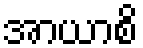
အာယာစိ